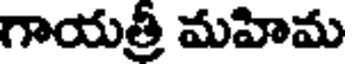
గాయత్రీ మహిమ